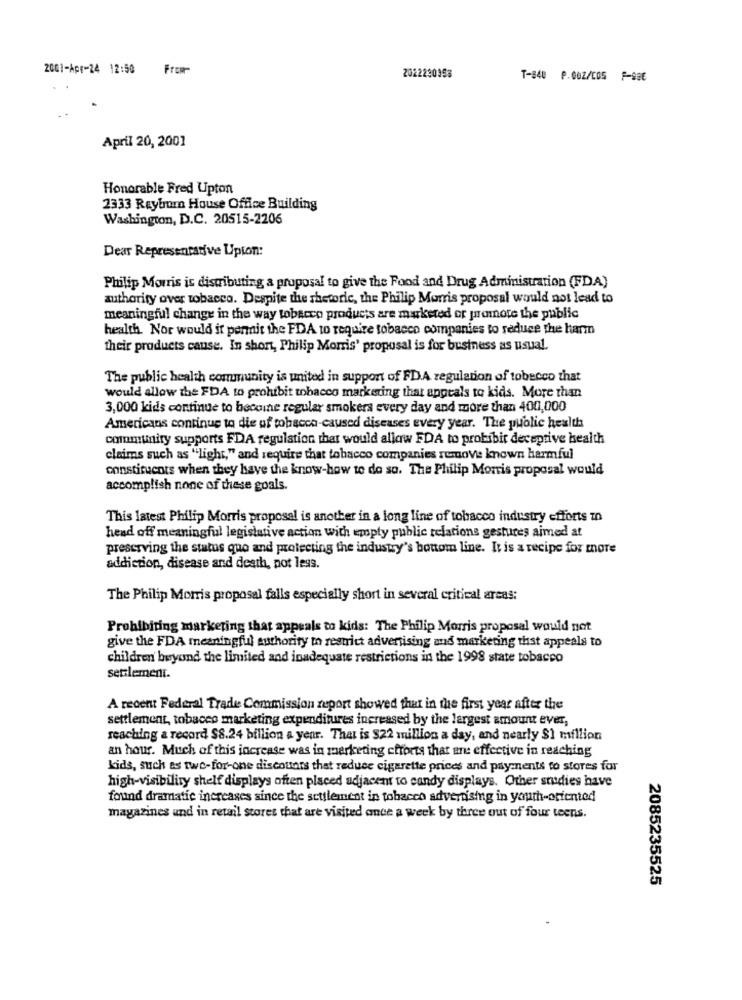
2001-Apr-24 12:50
From-
2022230953
T-840 P.00Z/COS F-986
April 20, 2001
Honorable Fred Upton
2333 Reybur House Office Building
Washington, D.C. 20515-2206
Dear Representative Upton:
Philip Morris is distributing a proposal to give the Food and Drug Administration (FDA)
authority over tobacco. Despite the rhetoric, the Philip Morris proposal would not lead to
meaningful change in the way tobacco products are marketed or promote the public
health. Nor would it permit the FDA to require tobacco companies to reduce the harm
their products cause. In short, Philip Morris' proposal is for business as usual.
The public health community is united in support of FDA regulation of tobecco that
would allow the FDA to prohibit tobacco marketing that appeals to kids. More than
3,000 kids continue to become regular smokers every day and more than 400,000
Americans continue to die of tobacco-caused diseases every year. The public health
community supports FDA regulation that would allow FDA to prohibit deceptive health
claims such as "light," and require that tobacco companies remove known harmful
constituents when they have the know-how to do so. The Philip Morris proposal would
accomplish none of these goals.
This latest Philip Morris proposal is another in a long line of tobacco industry efforts in
head off meaningful legislative action with empty public relations gestures aimed at
preserving the status quo and protecting the industry's bottom line. It is a recipe for more
addiction, disease and death, pot less.
The Philip Morris proposal falls especially short in several critical arcas:
Prohibiting marketing that appeals to kids: The Philip Morris proposal would not
give the FDA meaningful authority to restrict advertising and marketing thst appeals to
children beyond the limited and inadequate restrictions in the 1998 state tobacco
settlement.
A recent Federal Trade Commission report showed that in the first year after the
settlement, tobacco marketing expenditures increased by the largest amount ever,
reaching a record $8.24 billion a year. That is $22 million a day, and nearly $1 million
an hour. Much of this increase was in marketing efforts that an effective in reaching
kids, such as twe-for-one discounts that reduce cigarette prices and pay ments to stores for
high-visibility shelf displays often placed adjacent to candy displays. Other studies have
found dramatic increases since the settlement in tobacco advertising in youth-oriented
magazines and in retail stores that are visited once a week by three out of four teens.
2085235525